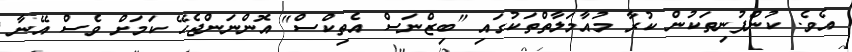
އެވެ. ކުންފުނިތަކުން ކުރާ މުއާމަލާތްތަކުގައި "ބިޒްނަސް އެތިކްސް" އޮންނަންޖެހޭ ކަމަށް ވެސް އޭނާ